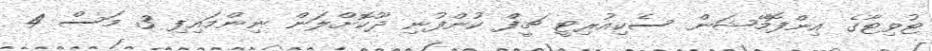
ޓުވިޓާގެ އިންފޮމޭޝަން ސެކިއުރިޓީ ޗީފްް ކުންފުނި ދޫކޮށްލަން ނިންމައިފި 3 މަސް 4